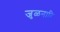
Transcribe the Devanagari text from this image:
जुळनारि